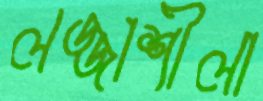
লজ্জাশীলা